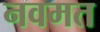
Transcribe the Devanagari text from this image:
नवमत